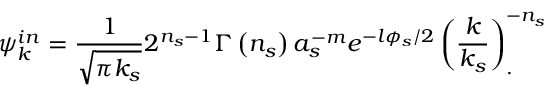
\psi _ { k } ^ { i n } = \frac { 1 } { \sqrt { \pi k _ { s } } } 2 ^ { n _ { s } - 1 } \Gamma \left( n _ { s } \right) a _ { s } ^ { - m } e ^ { - l \phi _ { s } / 2 } \left( \frac k { k _ { s } } \right) _ { . } ^ { - n _ { s } }